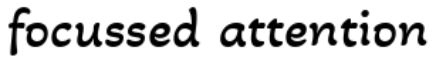
focussed attention